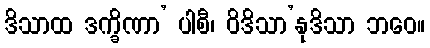
ဒိသာထ ဒက္ခိဏာ’ ပါစီ၊ ဝိဒိသာ’နုဒိသာ ဘဝေ။